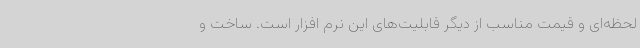
لحظه‌ای و قیمت مناسب از دیگر قابلیت‌های این نرم افزار است. ساخت و